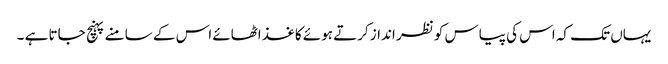
یہاں تک کہ اس کی پیاس کو نظر انداز کرتے ہوئے کاغذ اٹھائے اس کے سامنے پہنچ جاتا ہے ۔